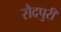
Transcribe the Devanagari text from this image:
सैदपुरी